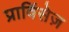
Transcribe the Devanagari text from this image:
प्राविंसेज़